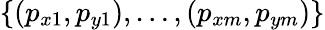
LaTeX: \{ (p_{x1},p_{y1}),\dots,(p_{xm},p_{ym})\}